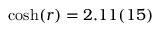
\cosh ( r ) = 2 . 1 1 ( 1 5 )